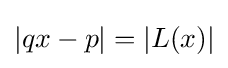
|qx-p|=|L(x)|